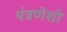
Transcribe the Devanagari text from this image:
यंत्रणेशी